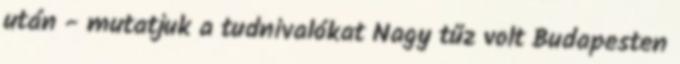
után - mutatjuk a tudnivalókat Nagy tűz volt Budapesten